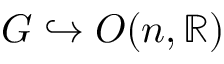
G \hookrightarrow O ( n , \mathbb { R } )